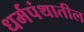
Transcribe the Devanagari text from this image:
धर्मपंथातील